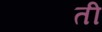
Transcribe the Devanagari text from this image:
ती